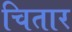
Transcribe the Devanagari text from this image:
चितार